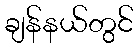
ချန်နယ်တွင်